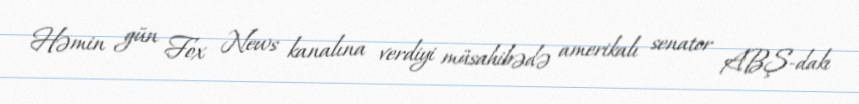
Həmin gün Fox News kanalına verdiyi müsahibədə amerikalı senator ABŞ-dakı